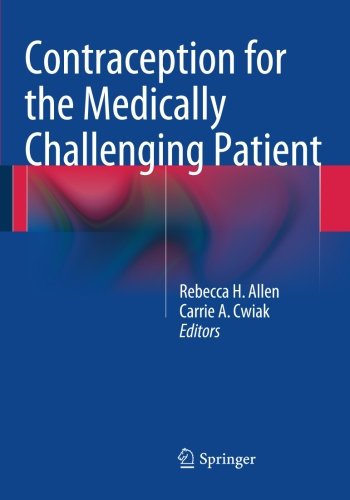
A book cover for Contraception for the Medically Challenging Patient; Health, Fitness & Dieting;